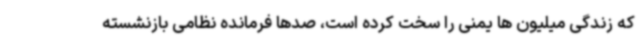
که زندگی میلیون ها یمنی را سخت کرده است، صدها فرمانده نظامی بازنشسته